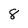
Character: 8